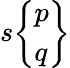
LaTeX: s{\left\{ \begin{array}{l}{p}\\ {q}\end{array}\right\} }